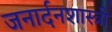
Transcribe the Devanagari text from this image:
जनार्दनशास्त्री